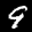
Label: 9